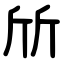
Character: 斦